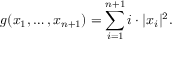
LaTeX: g ( x _ { 1 } , \ldots , x _ { n + 1 } ) = \sum _ { i = 1 } ^ { n + 1 } i \cdot | x _ { i } | ^ { 2 } .